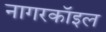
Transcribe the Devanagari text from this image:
नागरकॉइल